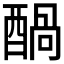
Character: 𮠶